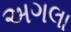
અગલા